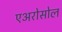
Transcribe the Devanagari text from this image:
एअरोसोल